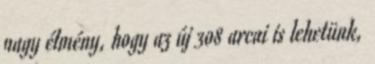
nagy élmény, hogy az új 308 arcai is lehetünk,